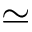
\simeq